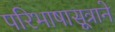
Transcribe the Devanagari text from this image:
परिभाषासूत्राने